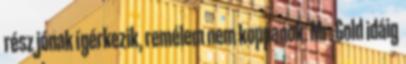
rész jónak ígérkezik, remélem nem koppanok. Mr. Gold idáig